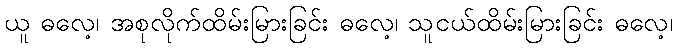
ယူ ဓလေ့၊ အစုလိုက်ထိမ်းမြားခြင်း ဓလေ့၊ သူငယ်ထိမ်းမြားခြင်း ဓလေ့၊